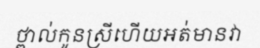
ថ្ពាល់កូនស្រីហើយអត់មានវា